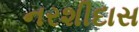
નરશીદાસ